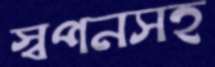
স্বপনসহ